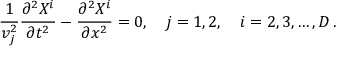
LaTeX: \frac { 1 } { v _ { j } ^ { 2 } } \frac { \partial ^ { 2 } X ^ { i } } { \partial t ^ { 2 } } - \frac { \partial ^ { 2 } X ^ { i } } { \partial x ^ { 2 } } = 0 , \quad j = 1 , 2 , \quad i = 2 , 3 , \dots , D \, { . }